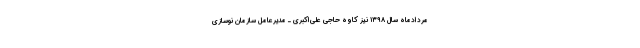
مردادماه سال ۱۳۹۸ نیز کاوه حاجی علی‌اکبری ـ مدیرعامل سازمان نوسازی